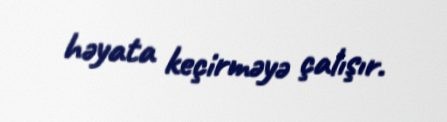
həyata keçirməyə çalışır.